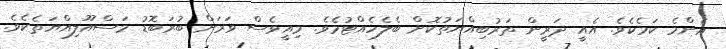
އެންމެ ކަމެކެވެ. އެއީ ދަރީން ތަރުބިއްޔަތުކޮށް ބެލެހެއްޓުމެވެ. މިއީވެސް ވަރަށް ބުރަބޮޑު މަސްއޫލިއްޔަތެކެވެ.